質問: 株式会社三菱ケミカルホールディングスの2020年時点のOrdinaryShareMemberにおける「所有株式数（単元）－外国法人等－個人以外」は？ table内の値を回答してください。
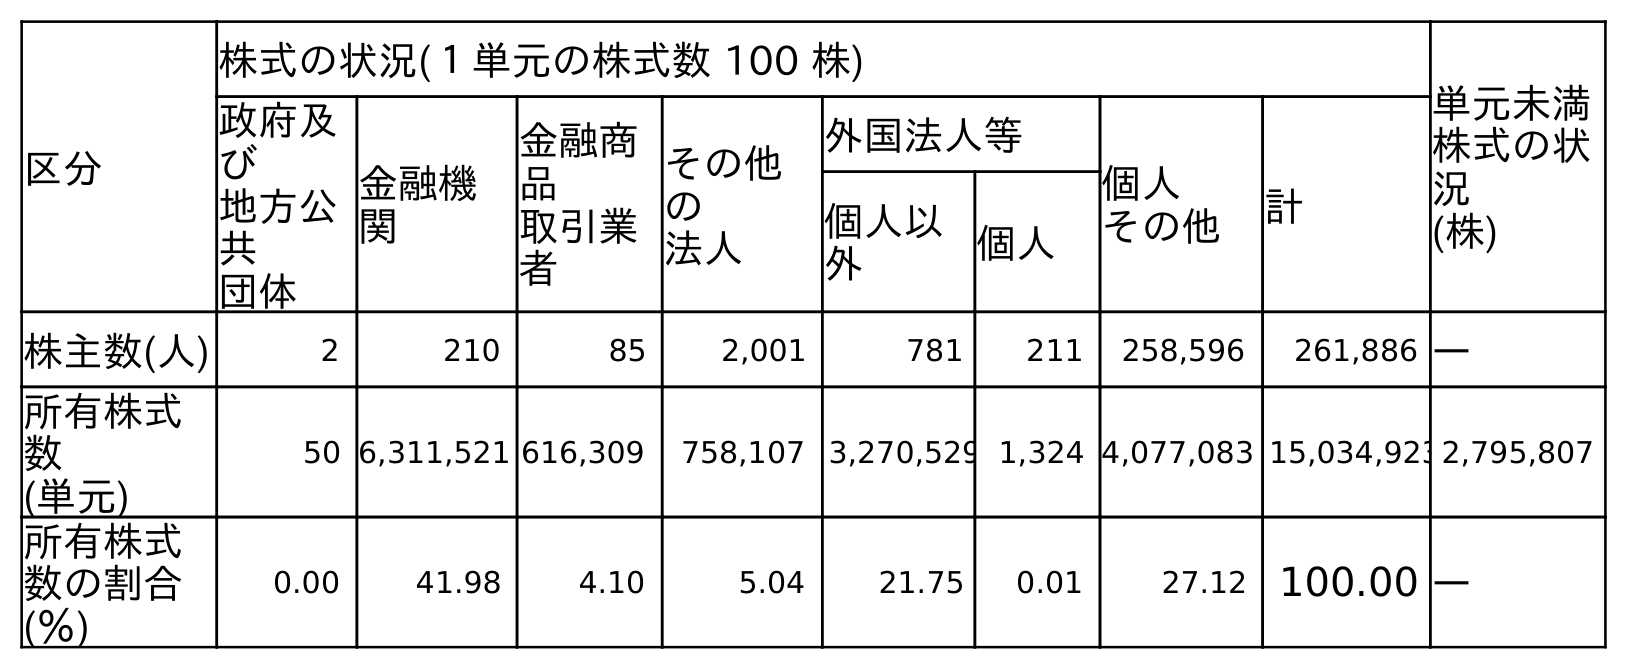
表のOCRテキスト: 区分 株式の状況(１単元の株式数 100 株) 単元未満 株式の状 況 (株) 政府及 び 地方公 共 団体 金融機 関 金融商 品 取引業 者 その他 の 法人 外国法人等 個人 その他 計 個人以 外 個人 株主数(人) 2 210 85 2,001 781 211 258,596 261,886 ― 所有株式 数 (単元) 50 6,311,521 616,309 758,107 3,270,529 1,324 4,077,083 15,034,9232,795,807 所有株式 数の割合 (％) 0.00 41.98 4.10 5.04 21.75 0.01 27.12 100.00 ―
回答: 3,270,529